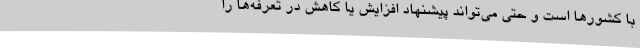
با کشورها است و حتی می‌تواند پیشنهاد افزایش یا کاهش در تعرفه‌ها را